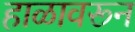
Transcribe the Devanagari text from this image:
हाळावरून